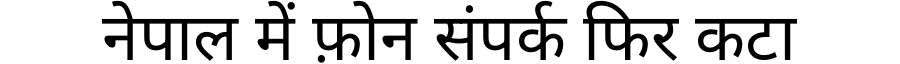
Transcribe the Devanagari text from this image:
नेपाल में फ़ोन संपर्क फिर कटा